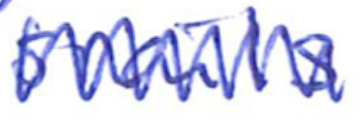
Text: snails
Cross-out: zig-zag
Writing tool: ballpoint